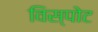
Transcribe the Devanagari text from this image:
विस्पोट